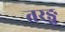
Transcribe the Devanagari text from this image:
तरङ्ग